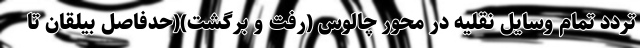
تردد تمام وسایل نقلیه در محور چالوس (رفت و برگشت)(حدفاصل بیلقان تا